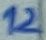
Text: 12